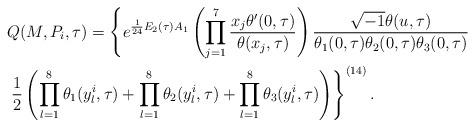
LaTeX: \begin{align*}&Q(M,P_i,\tau)=\left\{e^{\frac{1}{24}E_2(\tau)A_1}\left(\prod_{j=1}^{7}\frac{x_j\theta'(0,\tau)}{\theta(x_j,\tau)}\right)\frac{\sqrt{-1}\theta(u,\tau)}{\theta_1(0,\tau)\theta_2(0,\tau)\theta_3(0,\tau)}\right.\\&\left.\frac{1}{2}\left(\prod_{l=1}^8\theta_1(y_l^i,\tau)+\prod_{l=1}^8\theta_2(y_l^i,\tau)+\prod_{l=1}^8\theta_3(y_l^i,\tau)\right)\right\}^{(14)}.\end{align*}